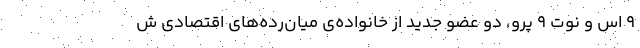
۹ اس و نوت ۹ پرو، دو عضو جدید از خانواده‌ی میان‌رده‌های اقتصادی ش